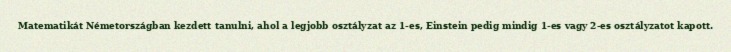
Matematikát Németországban kezdett tanulni, ahol a legjobb osztályzat az 1-es, Einstein pedig mindig 1-es vagy 2-es osztályzatot kapott.